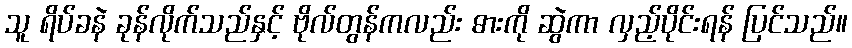
သူ ရိပ်ခနဲ ခုန်လိုက်သည်နှင့် ဗိုလ်တွန်ကလည်း ဓားကို ဆွဲကာ လှည့်ပိုင်းရန် ပြင်သည်။